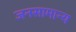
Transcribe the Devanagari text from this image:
जनसामान्‍य